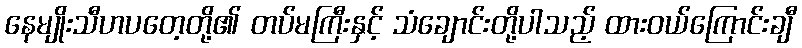
နေမျိုးသီဟပတေ့တို့၏ တပ်မကြီးနှင့် သံချောင်းတို့ပါသည့် ထားဝယ်ကြောင်းချီ